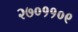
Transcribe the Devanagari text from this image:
२७०११०९